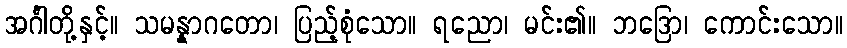
အင်္ဂါတို့နှင့်။ သမန္နာဂတော၊ ပြည့်စုံသော။ ရညော၊ မင်း၏။ ဘဒြော၊ ကောင်းသော။